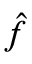
\hat { f }